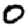
Digit: 0